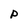
Character: P